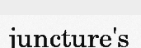
juncture's